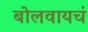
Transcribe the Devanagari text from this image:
बोलवायचं